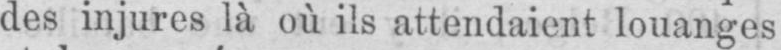
des injures là où ils attendaient louanges